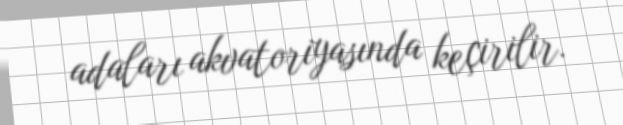
adaları akvatoriyasında keçirilir.